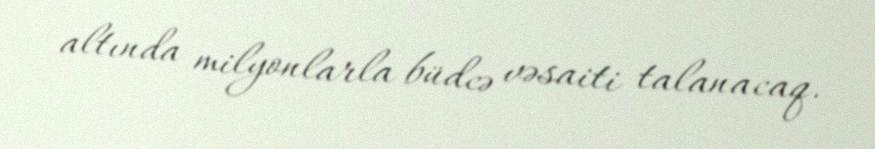
altında milyonlarla büdcə vəsaiti talanacaq.